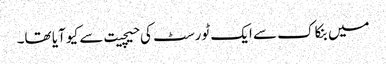
میں بنکاک سے ایک ٹورسٹ کی حیچیت سے کیو آیا تھا۔